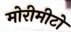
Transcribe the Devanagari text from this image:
मोरीमीटो